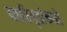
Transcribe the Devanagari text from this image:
वसतिगृहांमध्ये